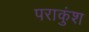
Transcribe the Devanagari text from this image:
पराकुंश